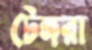
টেঙ্গরা